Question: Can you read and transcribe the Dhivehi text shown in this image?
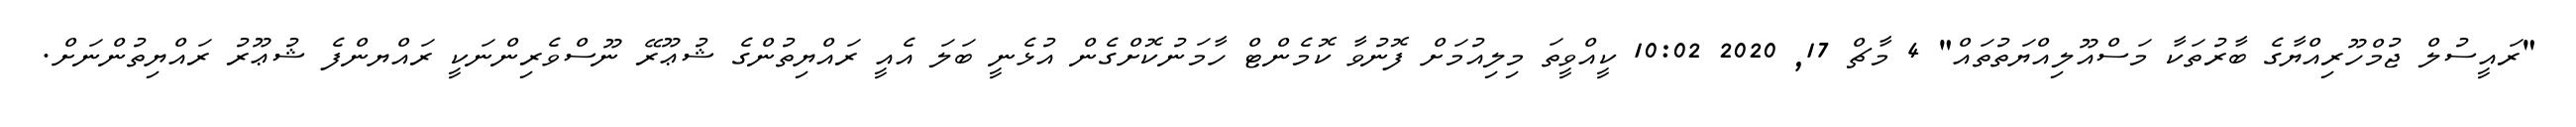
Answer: "ރައީސުލް ޖުމްހޫރިއްޔާގެ ބާރުތަކާ މަސްއޫލިއްޔަތުތައް" 4 މާޗް 17, 2020 10:02 ކީއްވީތަ މިލިއުމަށް ފޮނުވާ ކޮމެންޓް ހާމަނުކޮށްގެން އުޅެނީ ބަލަ އެއީ ރައްޔިތުންގެ ޝުޢޫރޭ ނޫސްވެރިންނަކީ ރައްޔންފެ ޝުޢޫރު ރައްޔިތުންނަށް.